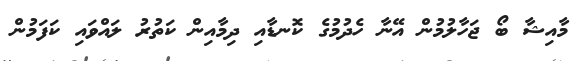
މާއިޝާ ބޯ ޖަހާލުމުން އޭނާ ހެދުމުގެ ކޮނޑާއި ދިމާއިން ކަތުރު ލައްވައި ކަފަމުން